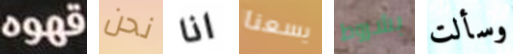
قهوه نحن انا يسعنا بشروط وسألت